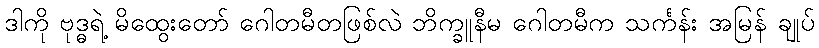
ဒါကို ဗုဒ္ဓရဲ့ မိထွေးတော် ဂေါတမီတဖြစ်လဲ ဘိက္ခူနီမ ဂေါတမီက သင်္ကန်း အမြန် ချုပ်